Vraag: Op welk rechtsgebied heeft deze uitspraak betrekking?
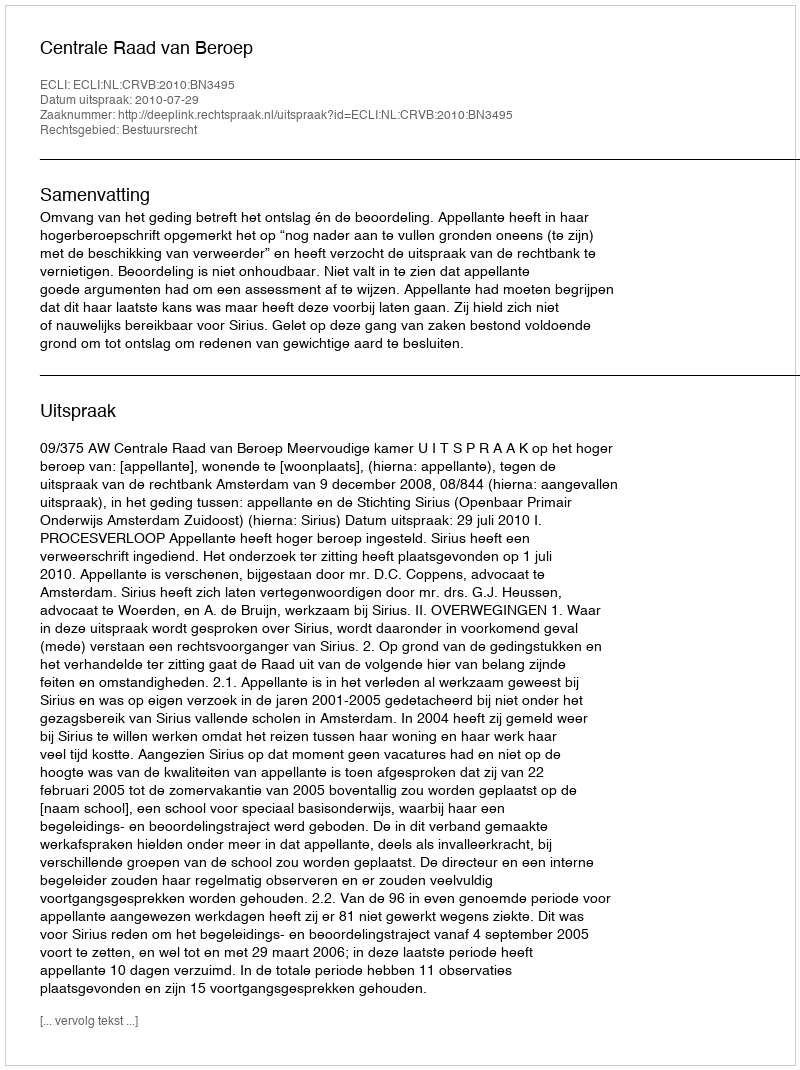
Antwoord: Bestuursrecht